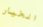
الخيار